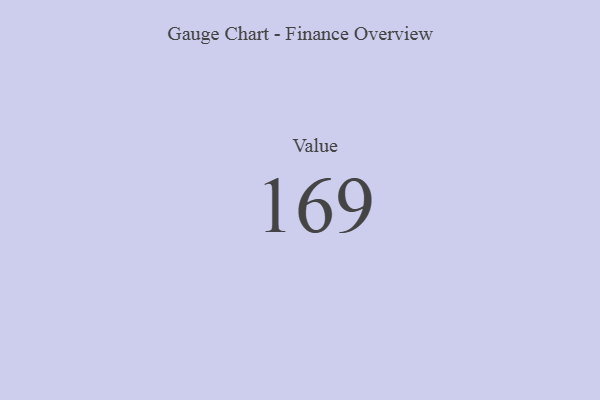
{"axis": {"x": "Metric", "y": "Value"}, "legend": [""], "data": [{"x": "Value", "y": 169, "type": ""}]}